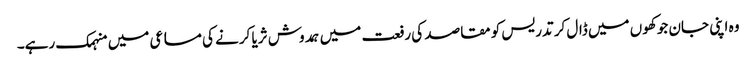
وہ اپنی جان جوکھوں میں ڈال کر تدریس کو مقاصد کی رفعت میں ہمدوش ثریا کرنے کی مساعی میں منہمک رہے۔